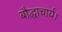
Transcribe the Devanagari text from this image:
बौद्धाचार्य।